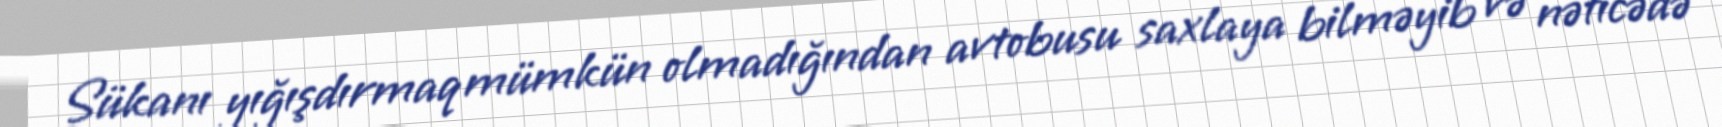
Sükanı yığışdırmaq mümkün olmadığından avtobusu saxlaya bilməyib və nəticədə